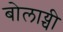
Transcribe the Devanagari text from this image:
बोलाय्ची